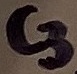
Text: C3